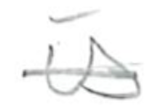
Text: is
Cross-out: single-line
Writing tool: pencil